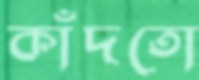
কাঁদতো